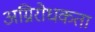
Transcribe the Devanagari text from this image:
अग्निरोधकता